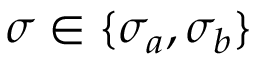
\sigma \in \{ \sigma _ { a } , \sigma _ { b } \}